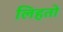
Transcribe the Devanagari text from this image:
लिहतो